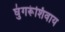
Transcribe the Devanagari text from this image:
घुंगरूंशिवाय